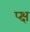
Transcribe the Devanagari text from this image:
प्क्ष